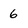
Character: 6